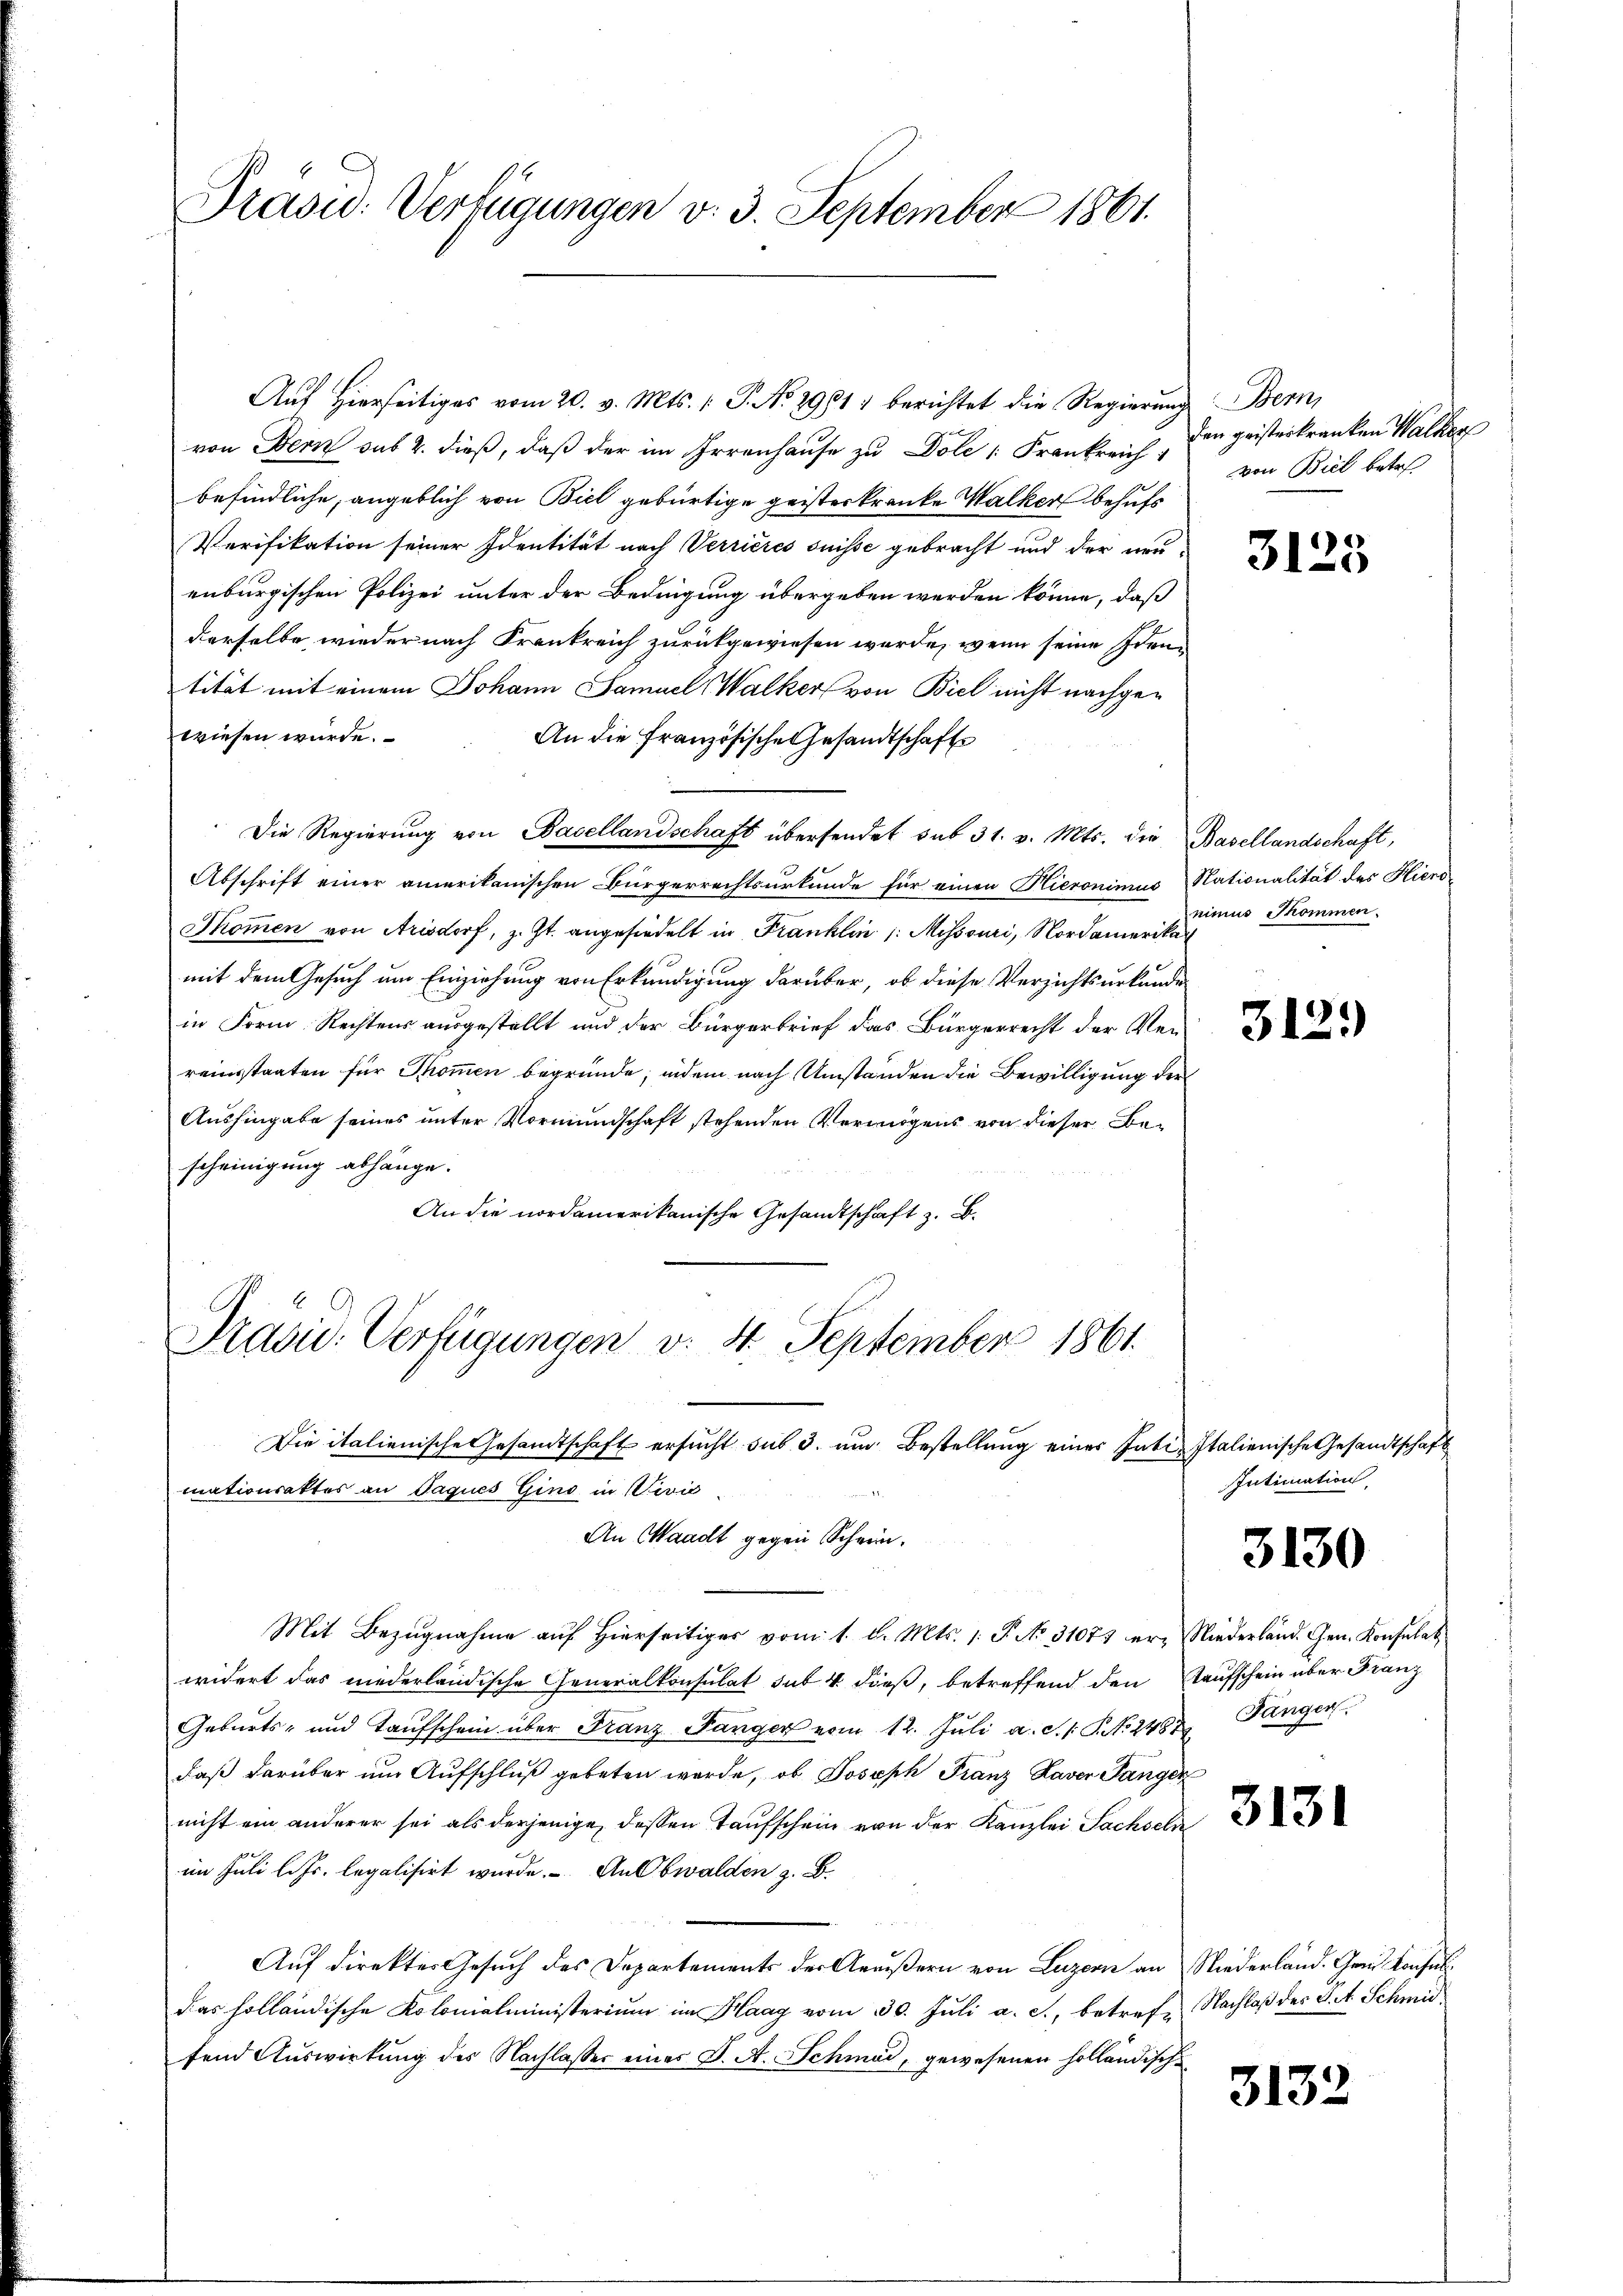
Präsid. Verfügungen v. 3. September 1861.

Auf hierseitiges vom 20. v. Mts. (T. No. 29617 berichtet die Regierŭng Bern,
von Bern sub 2. dieß, daß der im Irrenhause zu Doli Frankreich
befindliche, angeblich von Biel gebürtige geisterkranke Walker behufs
Verifikation seiner Identität nach Verrieres suisse gebracht und der neu
enburgischen Polizei unter der Bedingung übergeben werden könne, daß
derselbe wieder nach Krankreich zurückgewiesen werde, wenn seine Identität mit einem Johann Samuel Walker von Biel nicht nachgewiesen würde.
An die Französische Gesandtschafte
Die Regierung von Basellandschaft übersendet sub 31. v. Mts. die
Abschrift einer amerikanischen Bürgerrechtsurkunde für einen Hieronimus
Thommen von Arisdorf, z. Zt. angesiedelt in Franklin /: Missouri, Nordamerika
mit dem Gesuch um Einziehung von Erkundigung darüber, ob diese Verzichtsurkunde
in Form Rechtens ausgestellt und der Bürgerbrief das Bürgerrecht der Ver-
reinstaaten für Thommen begründe, indem nach Umständen die Bewilligung der
Aushingabe seines unter Vormundschaft stehenden Vermögens von dieser Bescheinigung abhänge.

An die nordamerikanische Gesandtschaft z. B.
E
Präsid. Verfügungen v. 4. September 1861.
Die italienische Gesandtschaft ersucht sub 3. um Bestellung einer Pati-Italienische Gesandtschaft
mationsaktes an Paques Gino in Nević-
An Waadt gegen Schrein.
Mit Bezugnahme auf Hierseitiges vom 1. d. Mts. 1. P. No. 31073 erwidert das niederländische Generalkonsulat sub 4 dieß, betreffend den
Geburts- und Taufschein über Franz Panger vom 12. Jŭli a. S. S. 248 Fänger
daß darüber um Aufschluß gebeten werde, ob Joseph Franz Kaver Tangenicht ein anderer sei als derjenige, dessen Taufschein von der Kanzlei Sachseln
im Juli l. Js. legalisirt wurde. An Obwalden z. B.
Auf direktes Gesuch des Departements der Aeußern von Luzern an
das holländische Kolomalministerium im Haag vom 30. Juli a. c., betreffend Auswirkung des Nachlasser eines J. A. Schmid, gewesenen holländisch-

den geisterkranken Walker
von Biel betref

3125

Basellandschaft,
Nationalität des Klieno
nimus Sommen.

312.

Intimation

3130

Niederland. Gen. Konsulat
Taufschein über Franz

3131

Niederland. Grad Konses.
Nachlaß des J. A. Schmid

3132